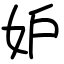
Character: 妒